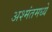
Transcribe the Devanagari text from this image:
अश्मंतमध्ये